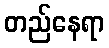
တည်နေရာ